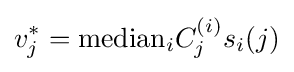
v_{j}^{*}={\text{median}}_{i}C_{j}^{(i)}s_{i}(j)